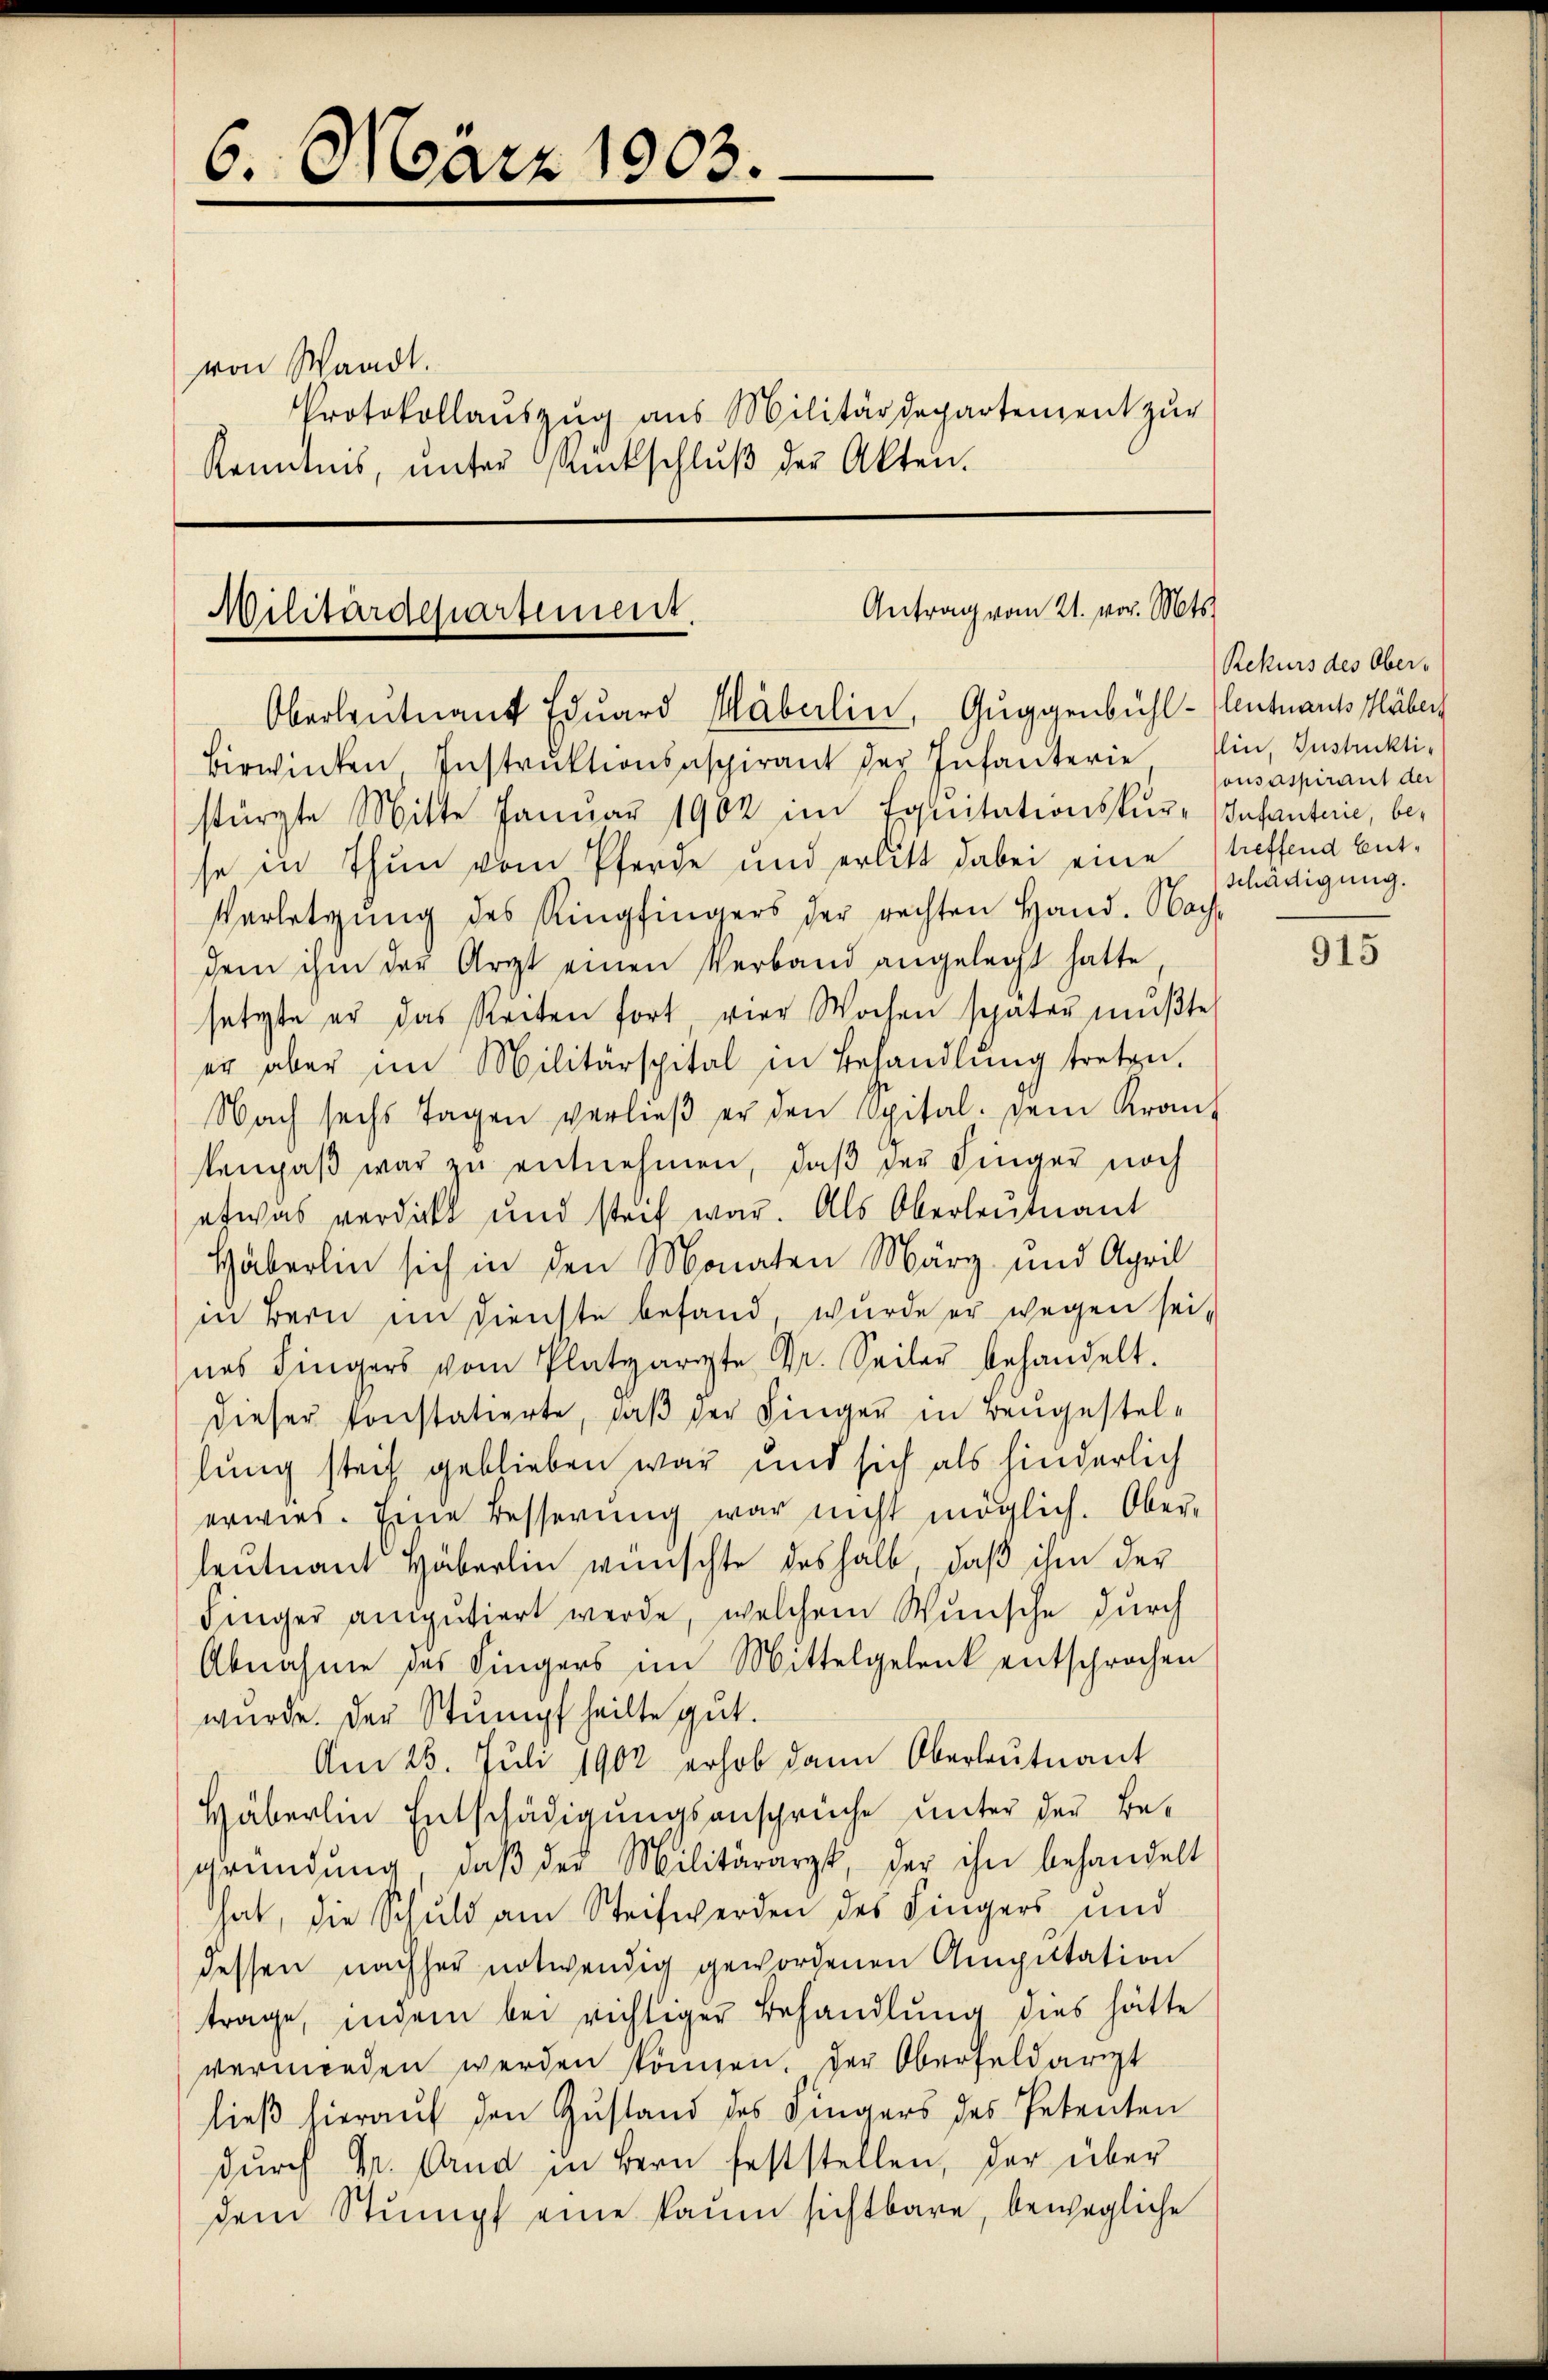
6. März 1903.

Protokollauszug aus Militärdepartement zur
Kenntnis, ŭnter Rückschlŭβ der Akten.

von Waadt.

Antrag vom 21. vor. Mts.
Militärdepartement.
Oberleutnant Eduard Mäberlin, Guggenbühl-Cleutnants Häber
Birwinten Instrŭktionsspirant der Infanterie Ein Gustickti-

stürzte Mitte Januar 1902 im Equitationskur-Infanterie, bese in Thun vom Pferde und erlitt dabei eine treffend ent¬
Verletzung des Ringfingers der rechten Hand. Nach-
dem ihm der Arzt einen Verband angelegt hatte
setzte er das Reiten fort vier Wochen später mŭβte,
er aber im Militärspital in Behandlŭng treten.
Nach sechs Tagen verlieβ er den Spital. sein Kranz
tenpaβ war zŭ entnehmen, daβ der Finger noch
etwas verdickt und steif war. Als Oberleutnant
Häberlin sich in den Monaten März und April
in Bern im Dienste befand, wurde er wegen seines Fingers vom Platzarte Dr. Seiler behandelt.
dieser konstatierte, daβ der Finger in Beugestellung steif geblieben war und sich als hinderlich
erwies. Eine Besserung war nicht möglich. Ober-
leutnant Häberlin wünschte deshalb, daß ihm der
Finger amputiert werde, welchem Wunsche durch
Abnahme des Fingers im Mittelgelenk entsprochen
wurde. Der Stumpf heilte gut.
Am 25. Juli 1902 erhob dann Oberleutnant
Häberlin Entschädigungsansprüche unter der Begründung, daβ der Militärarzt, der ihn behandelt
hat, die Schuld am Steifwerden des Fingers und
dessen nachher notwendig gewordenen Amputation
trage, indem bei richtiger Behandlung dies hätte
vermorden werden können. Der Oberfeldarzt
ließ hierauf den Zustand des Fingers des Petenten
dŭrch Dr. Und in Bern feststellen, der über
dem Stumpf eine kaum sichtbare, bewegliche

Rekurs des Ober-
ousaspirant der
schädigung.

915